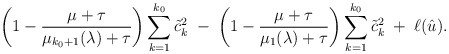
\begin{align*}\left( 1 - \frac{\mu+\tau}{ \mu_{k_0+1}(\lambda) + \tau} \right) \sum_{k=1}^{k_0} \tilde{c}_k^2 \; - \; \left( 1 - \frac{\mu+\tau}{ \mu_1(\lambda) + \tau} \right) \sum_{k=1}^{k_0} \tilde{c}_k^2 \; + \; \ell(\hat{u}).\end{align*}